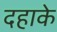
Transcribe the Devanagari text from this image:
दहाके